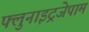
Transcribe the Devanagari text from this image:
फ्लुनाइट्रजेपाम